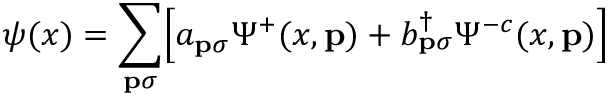
\psi ( x ) = \sum _ { { \bf p } \sigma } \Bigl [ a _ { { \bf p } \sigma } \Psi ^ { + } ( x , { \bf p } ) + b _ { { \bf p } \sigma } ^ { \dagger } \Psi ^ { - c } ( x , { \bf p } ) \Bigr ]